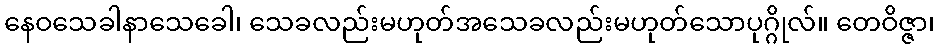
နေဝသေခါနာသေခေါ၊ သေခလည်းမဟုတ်အသေခလည်းမဟုတ်သောပုဂ္ဂိုလ်။ တေဝိဇ္ဇာ၊